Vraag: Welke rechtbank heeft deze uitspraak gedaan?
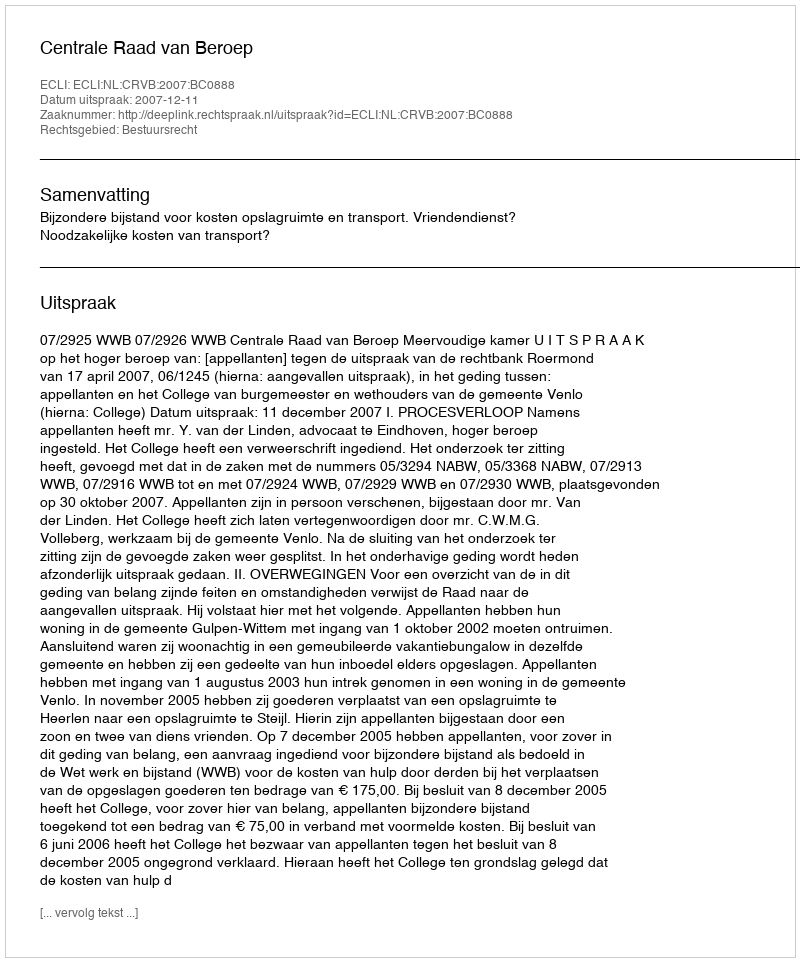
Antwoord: Centrale Raad van Beroep